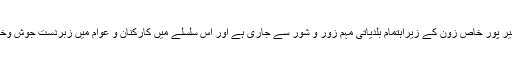
2015ء)ایم کیوایم میر پور خاص زون کے زیراہتمام بلدیاتی مہم زور و شور سے جاری ہے اور اس سلسلے میں کارکنان و عوام میں زبردست جوش وخروش پایاجارہا ہے ۔